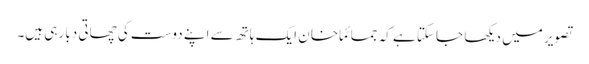
تصویر میں دیکھا جا سکتا ہے کہ جمائما خا ن ایک ہاتھ سے اپنے دوست کی چھاتی دبا رہی ہیں۔